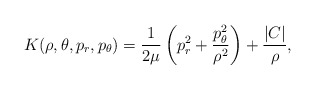
\begin{align*}K(\rho,\theta,p_r,p_\theta)=\frac{1}{2\mu}\left(p_r^2+\frac{p_\theta^2}{\rho^2}\right)+ \frac{\vert C \vert}{\rho},\end{align*}